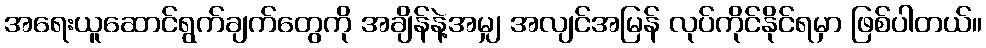
အရေးယူဆောင်ရွက်ချက်တွေကို အချိန်နဲ့အမျှ အလျင်အမြန် လုပ်ကိုင်နိုင်ရမှာ ဖြစ်ပါတယ်။